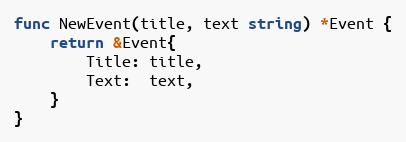
Language: Go
func NewEvent(title, text string) *Event {
	return &Event{
		Title: title,
		Text:  text,
	}
}